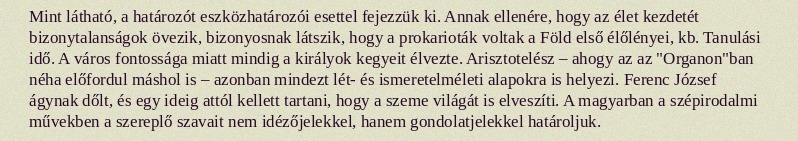
Mint látható, a határozót eszközhatározói esettel fejezzük ki. Annak ellenére, hogy az élet kezdetét bizonytalanságok övezik, bizonyosnak látszik, hogy a prokarioták voltak a Föld első élőlényei, kb. Tanulási idő. A város fontossága miatt mindig a királyok kegyeit élvezte. Arisztotelész – ahogy az az "Organon"ban néha előfordul máshol is – azonban mindezt lét- és ismeretelméleti alapokra is helyezi. Ferenc József ágynak dőlt, és egy ideig attól kellett tartani, hogy a szeme világát is elveszíti. A magyarban a szépirodalmi művekben a szereplő szavait nem idézőjelekkel, hanem gondolatjelekkel határoljuk.